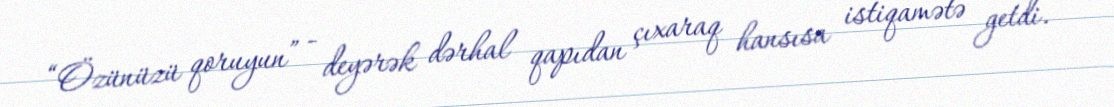
“Özünüzü qoruyun” - deyərək dərhal qapıdan çıxaraq hansısa istiqamətə getdi.